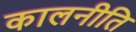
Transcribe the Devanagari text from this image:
कालनीति